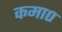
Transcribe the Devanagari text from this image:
कमा०